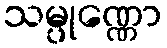
သမ္ပုဏ္ဏော